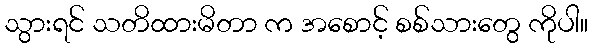
သွားရင် သတိထားမိတာ က အစောင့် စစ်သားတွေ ကိုပါ။